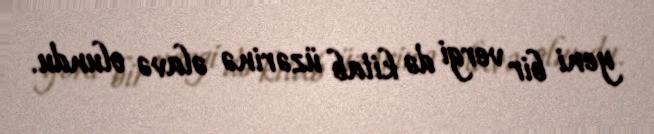
yeni bir vergi də kitab üzərinə əlavə olundu.